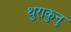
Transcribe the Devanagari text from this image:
थुराकुनु